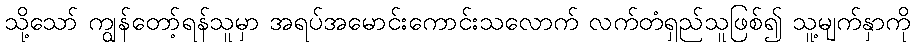
သို့သော် ကျွန်တော့်ရန်သူမှာ အရပ်အမောင်းကောင်းသလောက် လက်တံရှည်သူဖြစ်၍ သူ့မျက်နှာကို